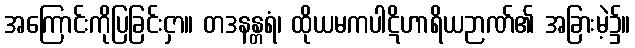
အကြောင်းကိုပြခြင်းငှာ။ တဒနန္တရံ၊ ထိုယမကပါဋိဟာရိယဉာဏ်၏ အခြားမဲ့၌။